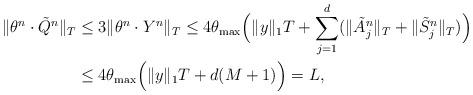
LaTeX: \begin{align*}\|\theta^n\cdot\tilde Q^n\|_T &\le3\|\theta^n\cdot Y^n\|_T\le4\theta_{\max}\Big(\|y\|_1T+\sum_{j=1}^d(\|\tilde A^n_j\|_T+\|\tilde S^n_j\|_T)\Big)\\&\le4\theta_{\max}\Big(\|y\|_1T+d(M+1)\Big)=L,\end{align*}